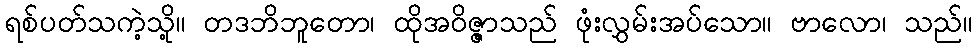
ရစ်ပတ်သကဲ့သို့။ တဒဘိဘူတော၊ ထိုအဝိဇ္ဇာသည် ဖုံးလွှမ်းအပ်သော။ ဗာလော၊ သည်။